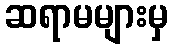
ဆရာမများမှ